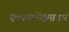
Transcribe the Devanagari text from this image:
एकान्तनिष्ठमाचारं